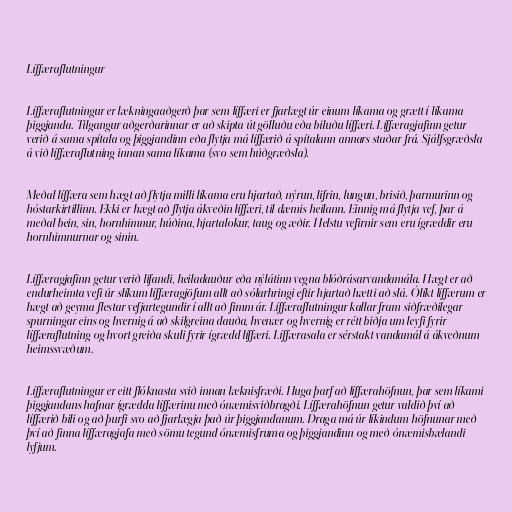
Líffæraflutningur

Líffæraflutningur er lækningaaðgerð þar sem líffæri er fjarlægt úr einum líkama og grætt í líkama
þiggjanda. Tilgangur aðgerðarinnar er að skipta út gölluðu eða biluðu líffæri. Líffæragjafinn getur
verið á sama spítala og þiggjandinn eða flytja má líffærið á spítalann annars staðar frá. Sjálfsgræðsla
á við líffæraflutning innan sama líkama (svo sem húðgræðsla).

Meðal líffæra sem hægt að flytja milli líkama eru hjartað, nýrun, lifrin, lungun, brisið, þarmurinn og
hóstarkirtillinn. Ekki er hægt að flytja ákveðin líffæri, til dæmis heilann. Einnig má flytja vef, þar á
meðal bein, sin, hornhimnur, húðina, hjartalokur, taug og æðir. Helstu vefirnir sem eru ígræddir eru
hornhimnurnar og sinin.

Líffæragjafinn getur verið lifandi, heiladauður eða nýlátinn vegna blóðrásarvandamála. Hægt er að
endurheimta vefi úr slíkum líffæragjöfum allt að sólarhringi eftir hjartað hætti að slá. Ólíkt líffærum er
hægt að geyma flestar vefjartegundir í allt að fimm ár. Líffæraflutningur kallar fram siðfræðilegar
spurningar eins og hvernig á að skilgreina dauða, hvenær og hvernig er rétt biðja um leyfi fyrir
líffæraflutning og hvort greiða skuli fyrir ígrædd líffæri. Líffærasala er sérstakt vandamál á ákveðnum
heimssvæðum.

Líffæraflutningur er eitt flóknasta svið innan læknisfræði. Huga þarf að líffærahöfnun, þar sem líkami
þiggjandans hafnar ígrædda líffærinu með ónæmisviðbragði. Líffærahöfnun getur valdið því að
líffærið bili og að þurfi svo að fjarlægja það úr þiggjandanum. Draga má úr líkindum höfnunar með
því að finna líffæragjafa með sömu tegund ónæmisfruma og þiggjandinn og með ónæmisbælandi
lyfjum.